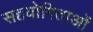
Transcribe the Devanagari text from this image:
सहयोगिताओं